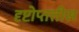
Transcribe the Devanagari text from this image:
दृष्टोप्तत्तीस